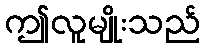
ဤလူမျိုးသည်